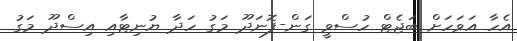
އެހާ އަވަހަށް ބަޖެޓް ހުސްވީ ގަން-ފޮނަދޫ މަގު ހަދާ ޔުނިޓާއި އިސްދޫ މަގު